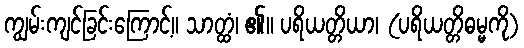
ကျွမ်းကျင်ခြင်းကြောင့်။ သာတ္ထံ၊ ၏။ ပရိယတ္တိယာ၊ (ပရိယတ္တိဓမ္မကို)